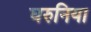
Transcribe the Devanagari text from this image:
घरुनिया